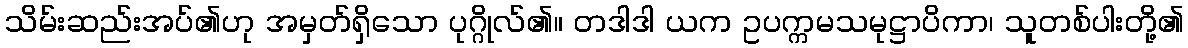
သိမ်းဆည်းအပ်၏ဟု အမှတ်ရှိသော ပုဂ္ဂိုလ်၏။ တဒါဒါ ယက ဥပက္ကမသမုဋ္ဌာပိကာ၊ သူတစ်ပါးတို့၏